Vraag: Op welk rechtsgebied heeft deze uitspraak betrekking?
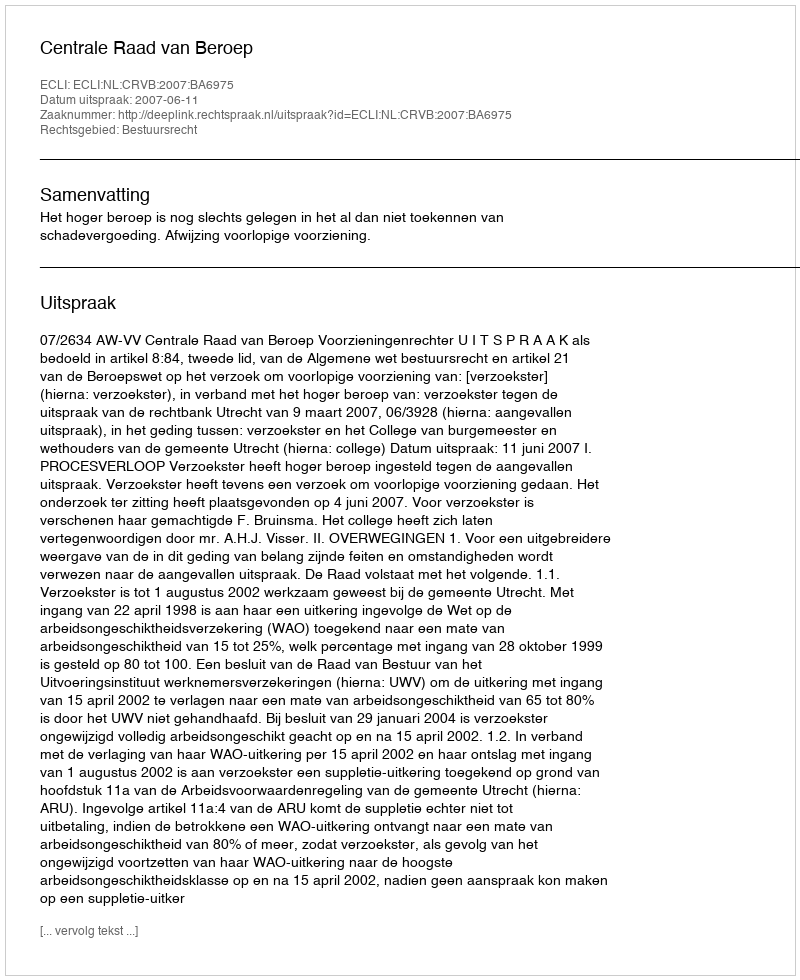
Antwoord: Bestuursrecht